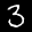
Label: 3